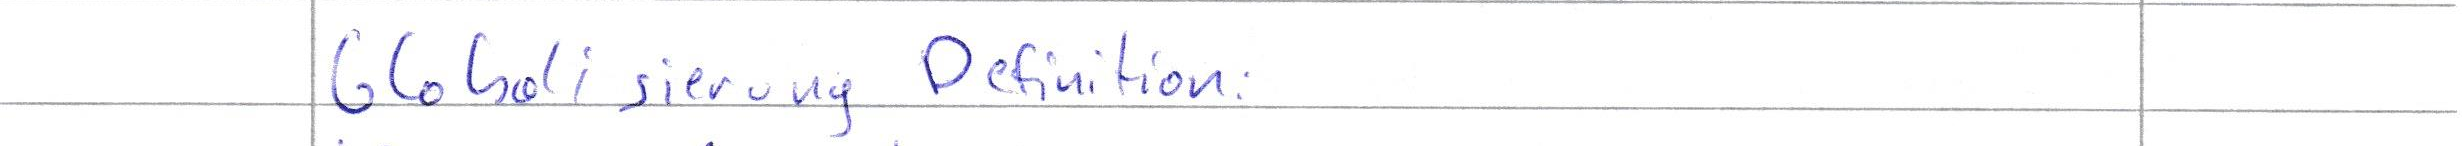
Globalisierung Definition: